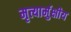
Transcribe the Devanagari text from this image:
मृत्यार्मुक्षीय